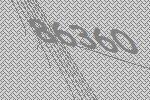
86360